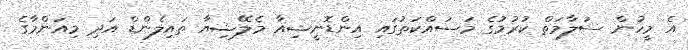
އެ މީހުން ސަލާމަތް ކުރުމުގެ މަސައްކަތުގައި އިންޑޮނީޝިއާ މެލޭޝިއާ ތައިލެންޑް އަދި މިއަންމާގެ